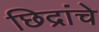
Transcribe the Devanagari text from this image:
छिद्रांचे